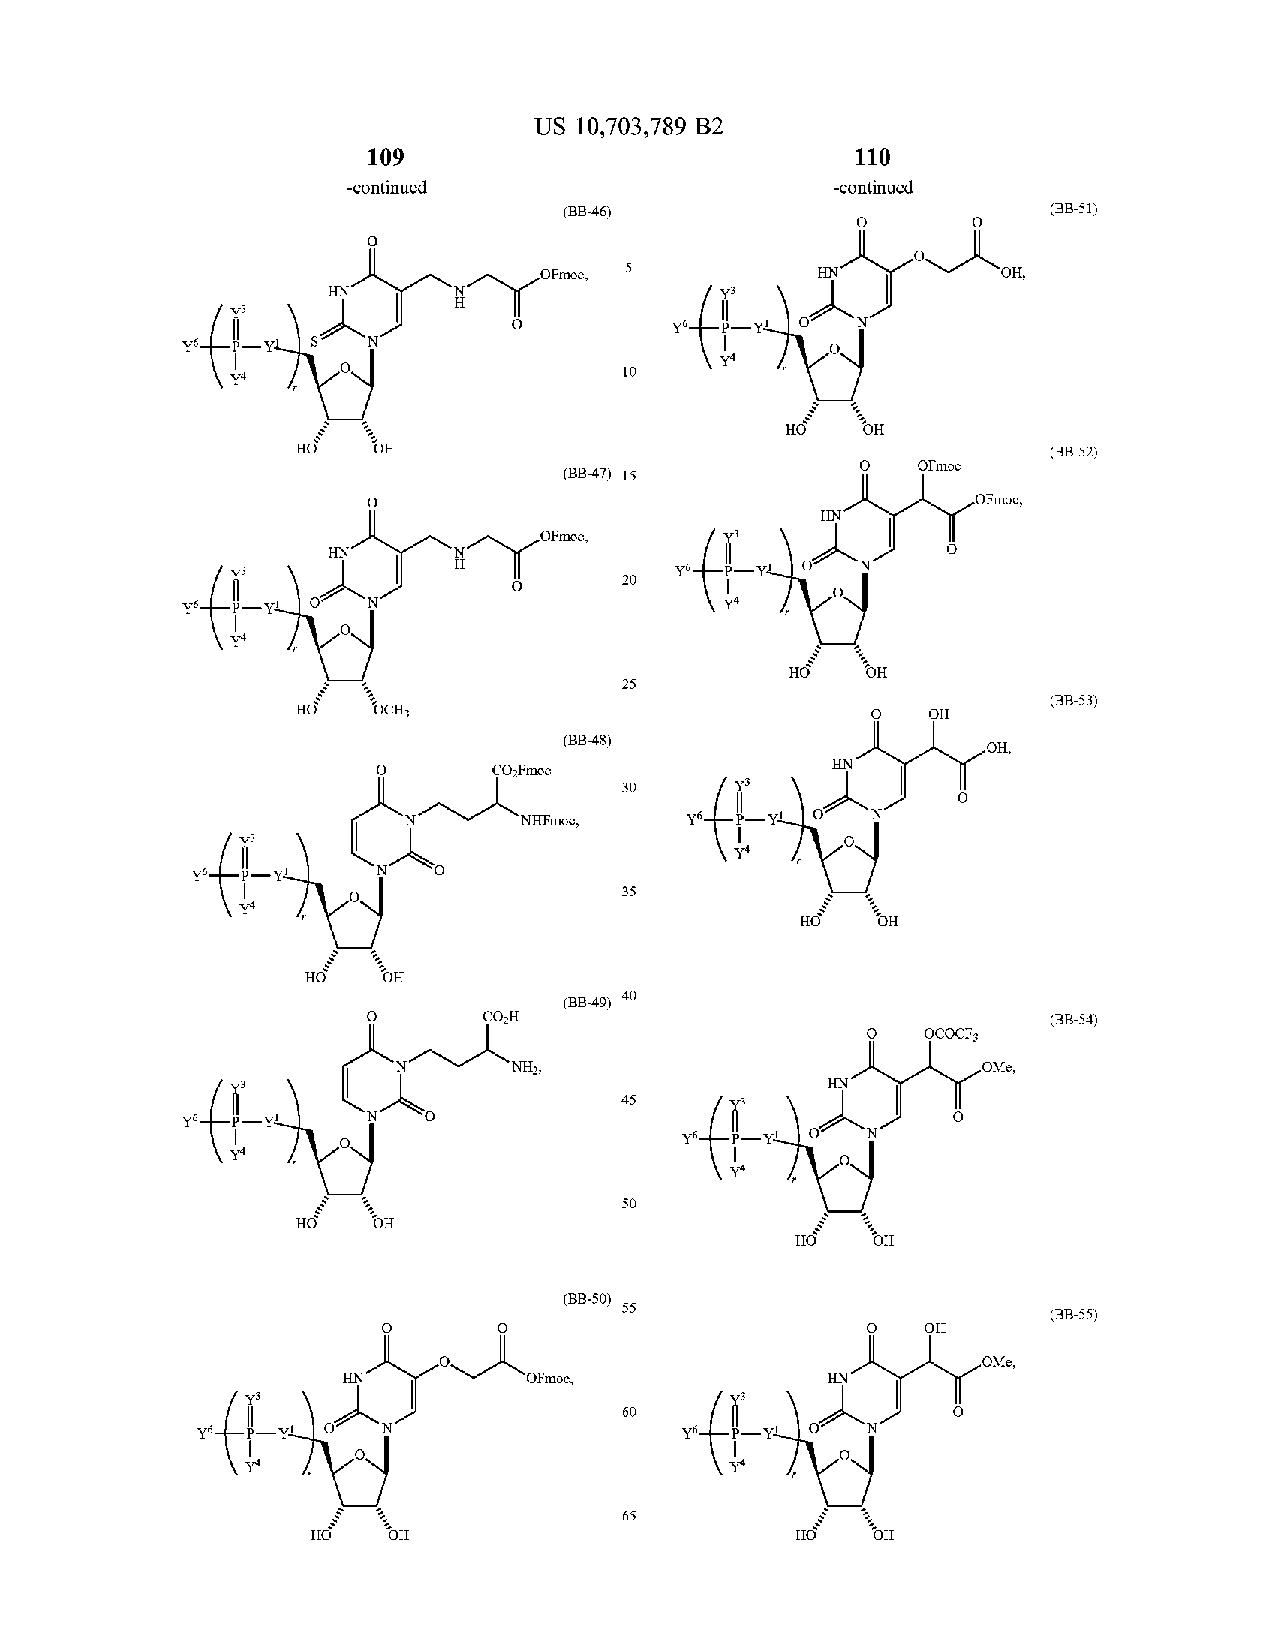
US 10,703,789 B2
 109                             110
 -continued                      -continued
 (B B -4 6 )                      ( BB -5 1)
 OFmoc , 5         HN          ?? ,
 f       HN
 Y6.         N
 Y6.
 Y4
 Y4                        10
 OH
 HOW
 OH                                           (B B - 52 )
 OFmoc
 (B B -4 7) 15
 OFmoc ,
 HN
 OFmoc ,
 f       HN
 76.
 H                 20
 -
 ??.  -Y !                           Y4
 Y4
 HON
 OH
 25
 HO   ???3                                         ( BB - 53 )
 OH
 (B B -4 8 )
 ?? ,
 CO2Fmoc               HN
 30
 th           N       NHFmoc ,   Y6   YU     N
 -
 Y4
 Y6   -Y !
 35
 Y4
 POH
 40
 ( BB -4 9 )
 CO2H                                  (B B - 54 )
 OCOCF3
 f                   NH2,                           OMe,
 ti      HN
 45
 ?? . -Y !
 y6 .
 Y4
 Y4
 50
 HO   OH
 HOY   OH
 ( BB -5 0 )
 55                           ( BB -5 5 )
 OH
 OMe,
 fi      HN          OFmoc ,             HN
 60
 ?6.   YL                        Y6           N
 Y4                              Y4
 65
 HO   OH                         HO   OH